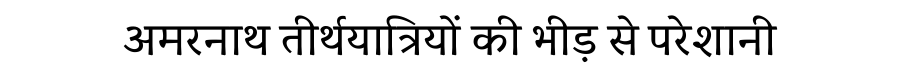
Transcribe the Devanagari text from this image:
अमरनाथ तीर्थयात्रियों की भीड़ से परेशानी